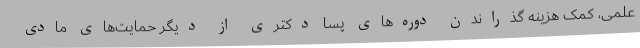
علمی، کمک هزینه گذراندن دوره‌های پسا دکتری از دیگر حمایت‌های مادی